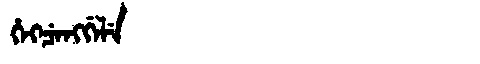
Manchu: ᡥᡝᡴᠴᡝᠩᡤᡝᠯᡝ
Romanization: HEKCENGGELE